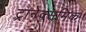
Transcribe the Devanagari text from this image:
ट्रानेक्समिक